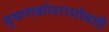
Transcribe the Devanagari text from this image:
वृषणकोशाभोवती